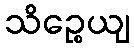
သိဉ္စေယျ